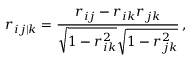
r _ { i j | k } = \frac { r _ { i j } - r _ { i k } r _ { j k } } { \sqrt { \smash [ b ] { 1 - r _ { i k } ^ { 2 } } } \sqrt { \smash [ b ] { 1 - r _ { j k } ^ { 2 } } } } \, ,